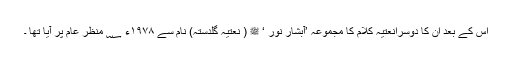
اس کے بعد ان کا دوسرانعتیہ کلام کا مجموعہ ’آبشارِ نور ‘ ﷺ ( نعتیہ گلدستہ) نام سے ۱۹۷۸ء ؁ منظر عام پر آیا تھا ۔